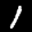
Label: 1